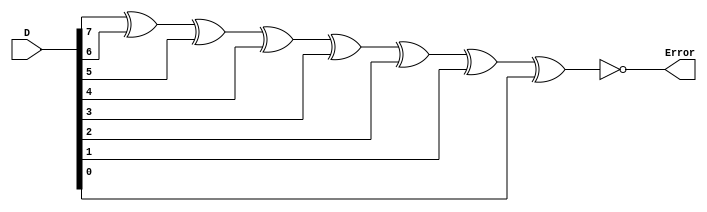
module Parity_Check
#(
	parameter W = 8
)
(
	input [W - 1 : 0]D,
	output Error
);

wire error_data;

assign Error = ~( D[W-1] ^ D[W-2] ^ D[W-3] ^ D[W-4] ^ D[W-5] ^ D[W-6] ^ D[W-7] ^ D[W-8]);

endmodule